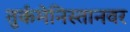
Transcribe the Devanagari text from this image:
तुर्कमेनिस्तानवर